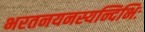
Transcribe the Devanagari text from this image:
भरतनयनस्यन्दिभिः